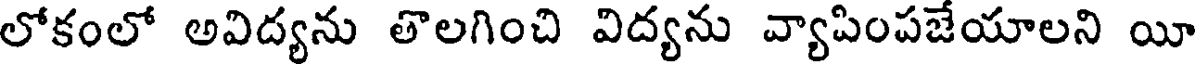
లోకంలో అవిద్యను తొలగించి విద్యను వ్యాపింపజేయాలని యీ